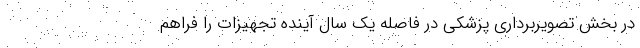
در بخش تصویربرداری پزشکی در فاصله یک سال آینده تجهیزات‌ را فراهم